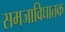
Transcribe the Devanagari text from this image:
समजाविघातक